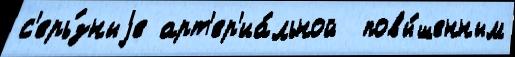
с'ерь́зныjе арт'ер'иа́льной  повы́шенным